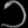
Digit: ၁